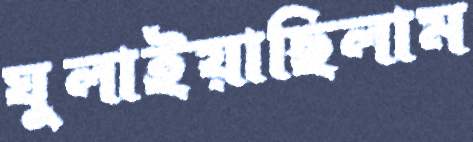
ঘুলাইয়াছিলাম